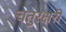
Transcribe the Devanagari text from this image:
चतुरक्षरी